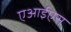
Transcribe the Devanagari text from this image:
एआईएस